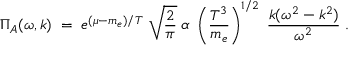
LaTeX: { \Pi _ { A } ( \omega , k ) \; = \; e ^ { ( \mu - m _ { e } ) / T } \; \sqrt { { \frac { 2 } { \pi } } } \; \alpha \; \left( { \frac { T ^ { 3 } } { m _ { e } } } \right) ^ { 1 / 2 } \; { \frac { k ( \omega ^ { 2 } - k ^ { 2 } ) } { \omega ^ { 2 } } } \; . }